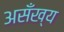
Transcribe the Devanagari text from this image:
असँख्य